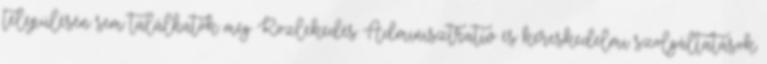
településén sem találhatók meg Közlekedés Adminisztratív és kereskedelmi szolgáltatások